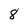
Character: 8